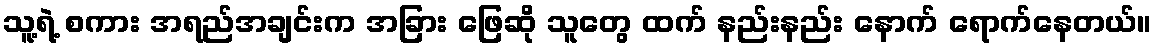
သူ့ရဲ့ စကား အရည်အချင်းက အခြား ဖြေဆို သူတွေ ထက် နည်းနည်း နောက် ရောက်နေတယ်။